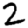
Digit: 2